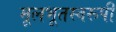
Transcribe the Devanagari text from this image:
मूलभूतस्वरूपी